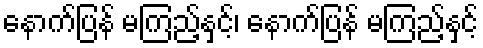
နောက်ပြန် မကြည့်နှင့်၊ နောက်ပြန် မကြည့်နှင့်